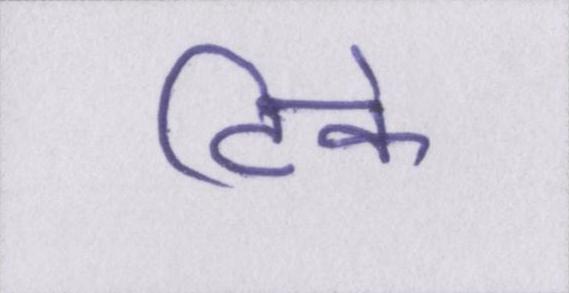
टिके